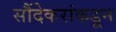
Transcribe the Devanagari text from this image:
सौंदेकरांकडून